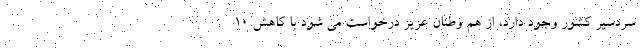
سردسیر کشور وجود دارد، از هم وطنان عزیز درخواست می شود با کاهش ۱۰